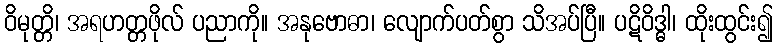
ဝိမုတ္တိ၊ အရဟတ္တဖိုလ် ပညာကို။ အနုဗောဓာ၊ လျောက်ပတ်စွာ သိအပ်ပြီ။ ပဋိဝိဒ္ဓါ၊ ထိုးထွင်း၍